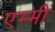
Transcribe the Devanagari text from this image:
एम्‍मी